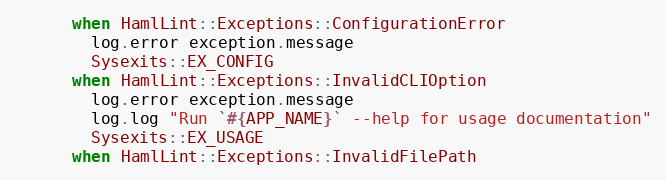
Language: Ruby
      when HamlLint::Exceptions::ConfigurationError
        log.error exception.message
        Sysexits::EX_CONFIG
      when HamlLint::Exceptions::InvalidCLIOption
        log.error exception.message
        log.log "Run `#{APP_NAME}` --help for usage documentation"
        Sysexits::EX_USAGE
      when HamlLint::Exceptions::InvalidFilePath